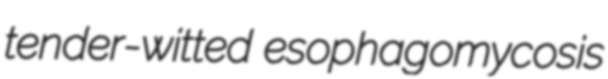
tender-witted esophagomycosis